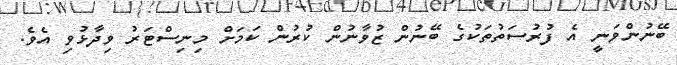
ބޭނުންވަނީ އެ ފުރުސަތުތަކުގެ ބޭނުން ޒުވާނުން ކުރުން ކަމަށް މިނިސްޓަރު ވިދާޅުވި އެވެ.